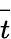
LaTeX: \overrightarrow{t}